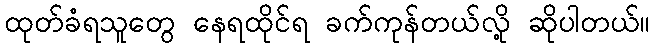
ထုတ်ခံရသူတွေ နေရထိုင်ရ ခက်ကုန်တယ်လို့ ဆိုပါတယ်။